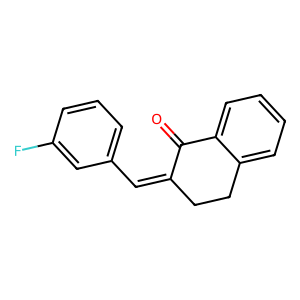
SMILES: O=C1C(=Cc2cccc(F)c2)CCc2ccccc21
Inhibits HIV replication: No